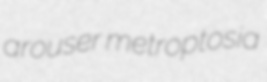
arouser metroptosia